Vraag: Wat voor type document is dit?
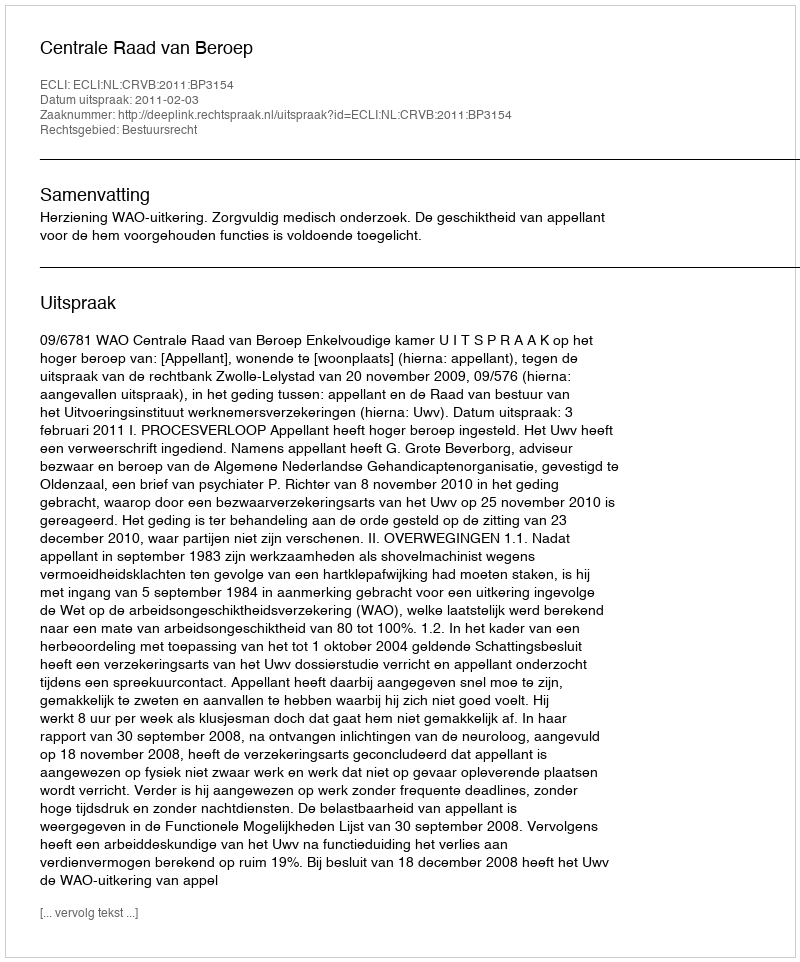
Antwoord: Uitspraak